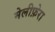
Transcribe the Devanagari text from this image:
मेलीफ़ेरा